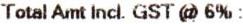
TOTAL AMT INCL. GST @ 6% :